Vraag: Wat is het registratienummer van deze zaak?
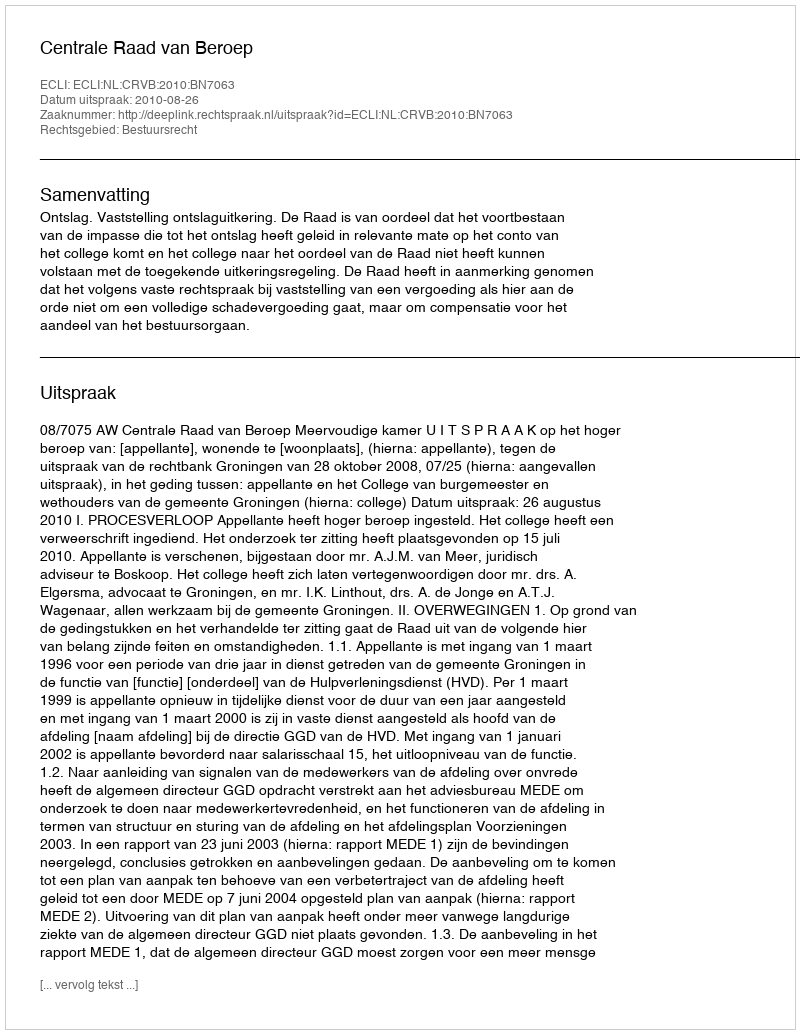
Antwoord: http://deeplink.rechtspraak.nl/uitspraak?id=ECLI:NL:CRVB:2010:BN7063